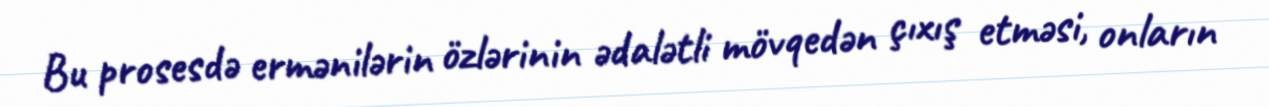
Bu prosesdə ermənilərin özlərinin ədalətli mövqedən çıxış etməsi, onların